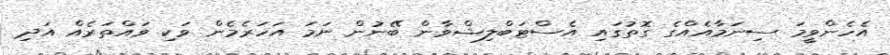
އެހެންވީމަ ސިނަމާއެއްގެ ގޮތުގައި އެސްޓަބްލިޝްވާން ބޭނުން ނަމަ އަހަރެމެން ވަކި ވައްތަރެއް އަދި